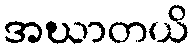
အဃာတယိ